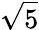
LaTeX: \sqrt{5}